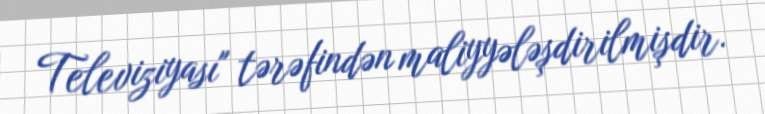
Televiziyası" tərəfindən maliyyələşdirilmişdir.